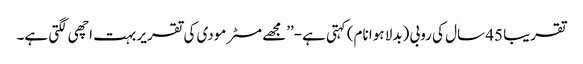
تقریبا 45 سال کی روبی (بدلا ہوا نام) کہتی ہے-’’مجھے مسٹر مودی کی تقریر بہت اچھی لگتی ہے۔